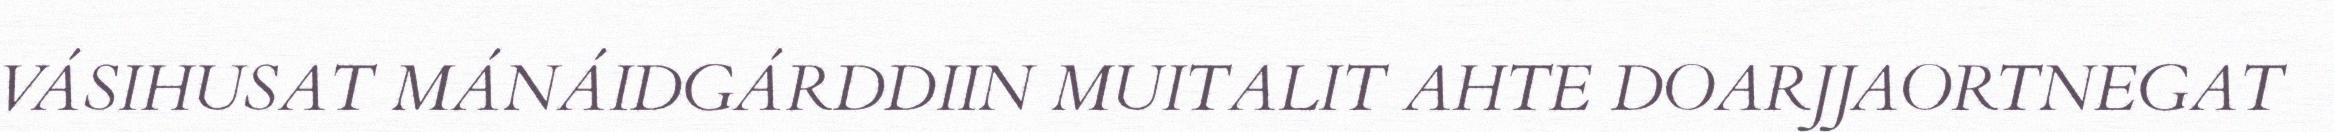
VÁSIHUSAT MÁNÁIDGÁRDDIIN MUITALIT AHTE DOARJJAORTNEGAT